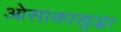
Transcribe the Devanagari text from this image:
ओसाकासुद्धा